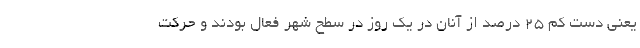
یعنی دست کم ۲۵ درصد از آنان در یک روز در سطح شهر فعال بودند و حرکت